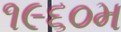
૧૯૬૦મ